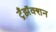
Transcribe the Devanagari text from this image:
ट्रँझॅक्शन